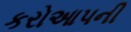
કરોઆપની